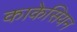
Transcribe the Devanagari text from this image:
काकेसियन